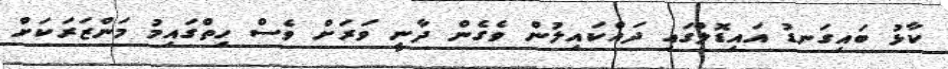
ކާޅު ބައިގަނޑު އައިޑޮލްގައި ދައްކައިލުން ވެގެން ދާނީ ވަރަށް ވެސް ހިތްގައިމު މަންޒަރަކަށް